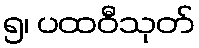
၅၊ ပထဝီသုတ်